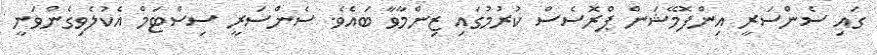
ގައި ސެންސަރީ އިންފޮމޭޝަން ޕްރޮސެސް ކުރުމުގައި ޒިންމާވާ ބައެވެ. ސެންސަރީ ސިސްޓަމް އެކުލެވިގެންވަނީ